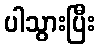
ပါသွားပြီး